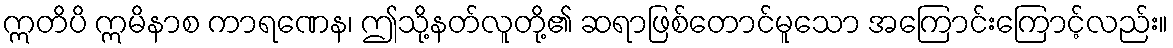
ဣတိပိ ဣမိနာစ ကာရဏေန၊ ဤသို့နတ်လူတို့၏ ဆရာဖြစ်တောင်မူသော အကြောင်းကြောင့်လည်း။